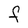
Character: F